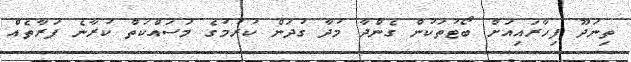
ތިނަދޫ ފިހާރައިއަށް ބޯޓުތަކުން ގެންދާ މުދާ ގުދަން ކުރުމުގެ މަސައްކަތް ކުރާނެ ފަރާތެއް